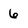
Character: 6